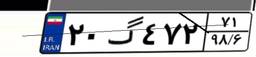
۴۵گ۳۰۶۸۷